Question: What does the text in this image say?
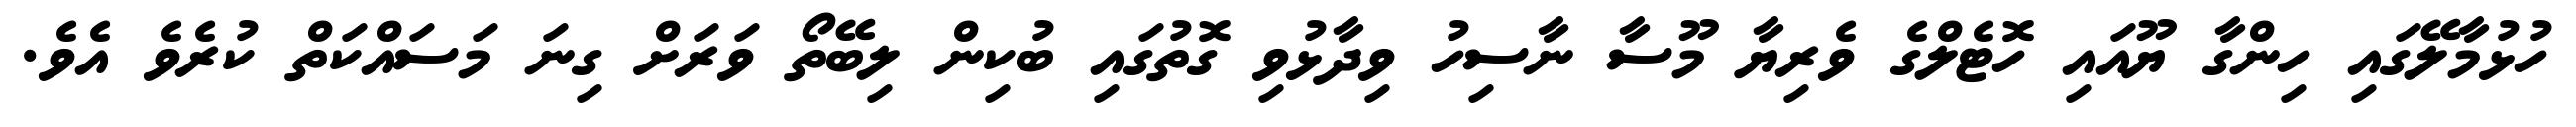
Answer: ހުޅުމާލޭގައި ހިންގާ ޔޫއައި ހޮޓެލްގެ ވެރިޔާ މޫސާ ނާސިހު ވިދާޅުވި ގޮތުގައި ބުކިން ލިބޭތޯ ވަރަށް ގިނަ މަސައްކަތް ކުރެވެ އެވެ.